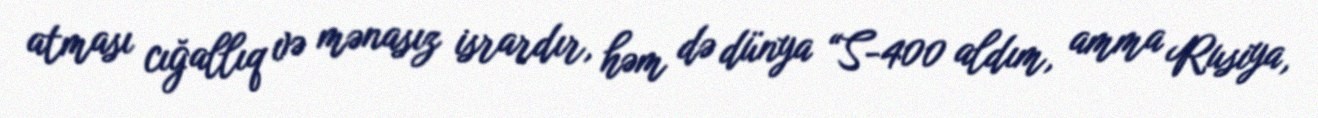
atması cığallıq və mənasız isrardır, həm də dünya “S-400 aldım, amma Rusiya,